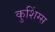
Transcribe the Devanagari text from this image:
कुशिंग्स